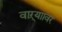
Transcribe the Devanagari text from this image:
वाऱ्याावर